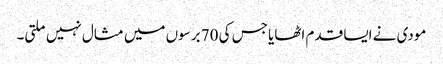
مودی نے ایسا قدم اٹھایا جس کی 70 برسوں میں مثال نہیں ملتی۔